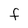
Character: F